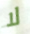
لا